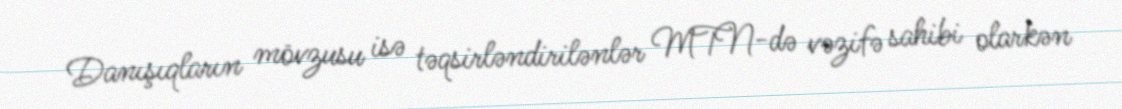
Danışıqların mövzusu isə təqsirləndirilənlər MTN-də vəzifə sahibi olarkən